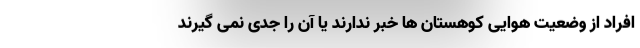
افراد از وضعیت هوایی کوهستان ها خبر ندارند یا آن را جدی نمی گیرند